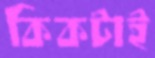
কিকটাই